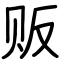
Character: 贩